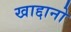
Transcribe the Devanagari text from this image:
खाद्दानो